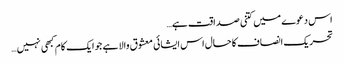
اس دعوے میں کتنی صداقت ہے…
تحریک انصاف کا حال اس ایشائی معشوق والا ہے جو ایک کام کبھی نہیں…